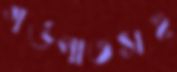
গর্ভপাতসহ